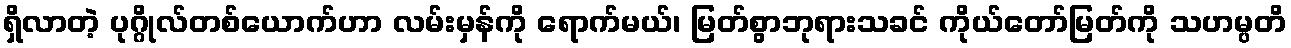
ရှိလာတဲ့ ပုဂ္ဂိုလ်တစ်ယောက်ဟာ လမ်းမှန်ကို ရောက်မယ်၊ မြတ်စွာဘုရားသခင် ကိုယ်တော်မြတ်ကို သဟမ္ပတိ